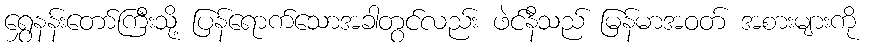
ရွှေနန်းတော်ကြီးသို့ ပြန်ရောက်သောအခါတွင်လည်း ဖဲင်နီသည် မြန်မာအဝတ် အစားများကို